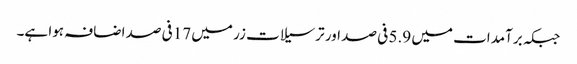
جبکہ برآمدات میں 5.9 فی صد اور ترسیلات زر میں 17فی صد اضافہ ہوا ہے۔